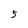
Character: 5